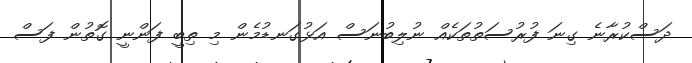
ދަސްކުރާނެ ގިނަ ފުރުސަތުތަކެއް ނުލިބުނަސް އަޅުގަނޑުމެން މި ތިބީ ފަންނީ ގޮތުން ފަސް